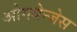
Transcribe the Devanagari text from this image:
ओगबेन्जेस